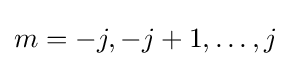
m=-j,-j+1,\dots ,j